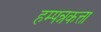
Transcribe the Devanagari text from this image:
हम्पन्नकत्ता